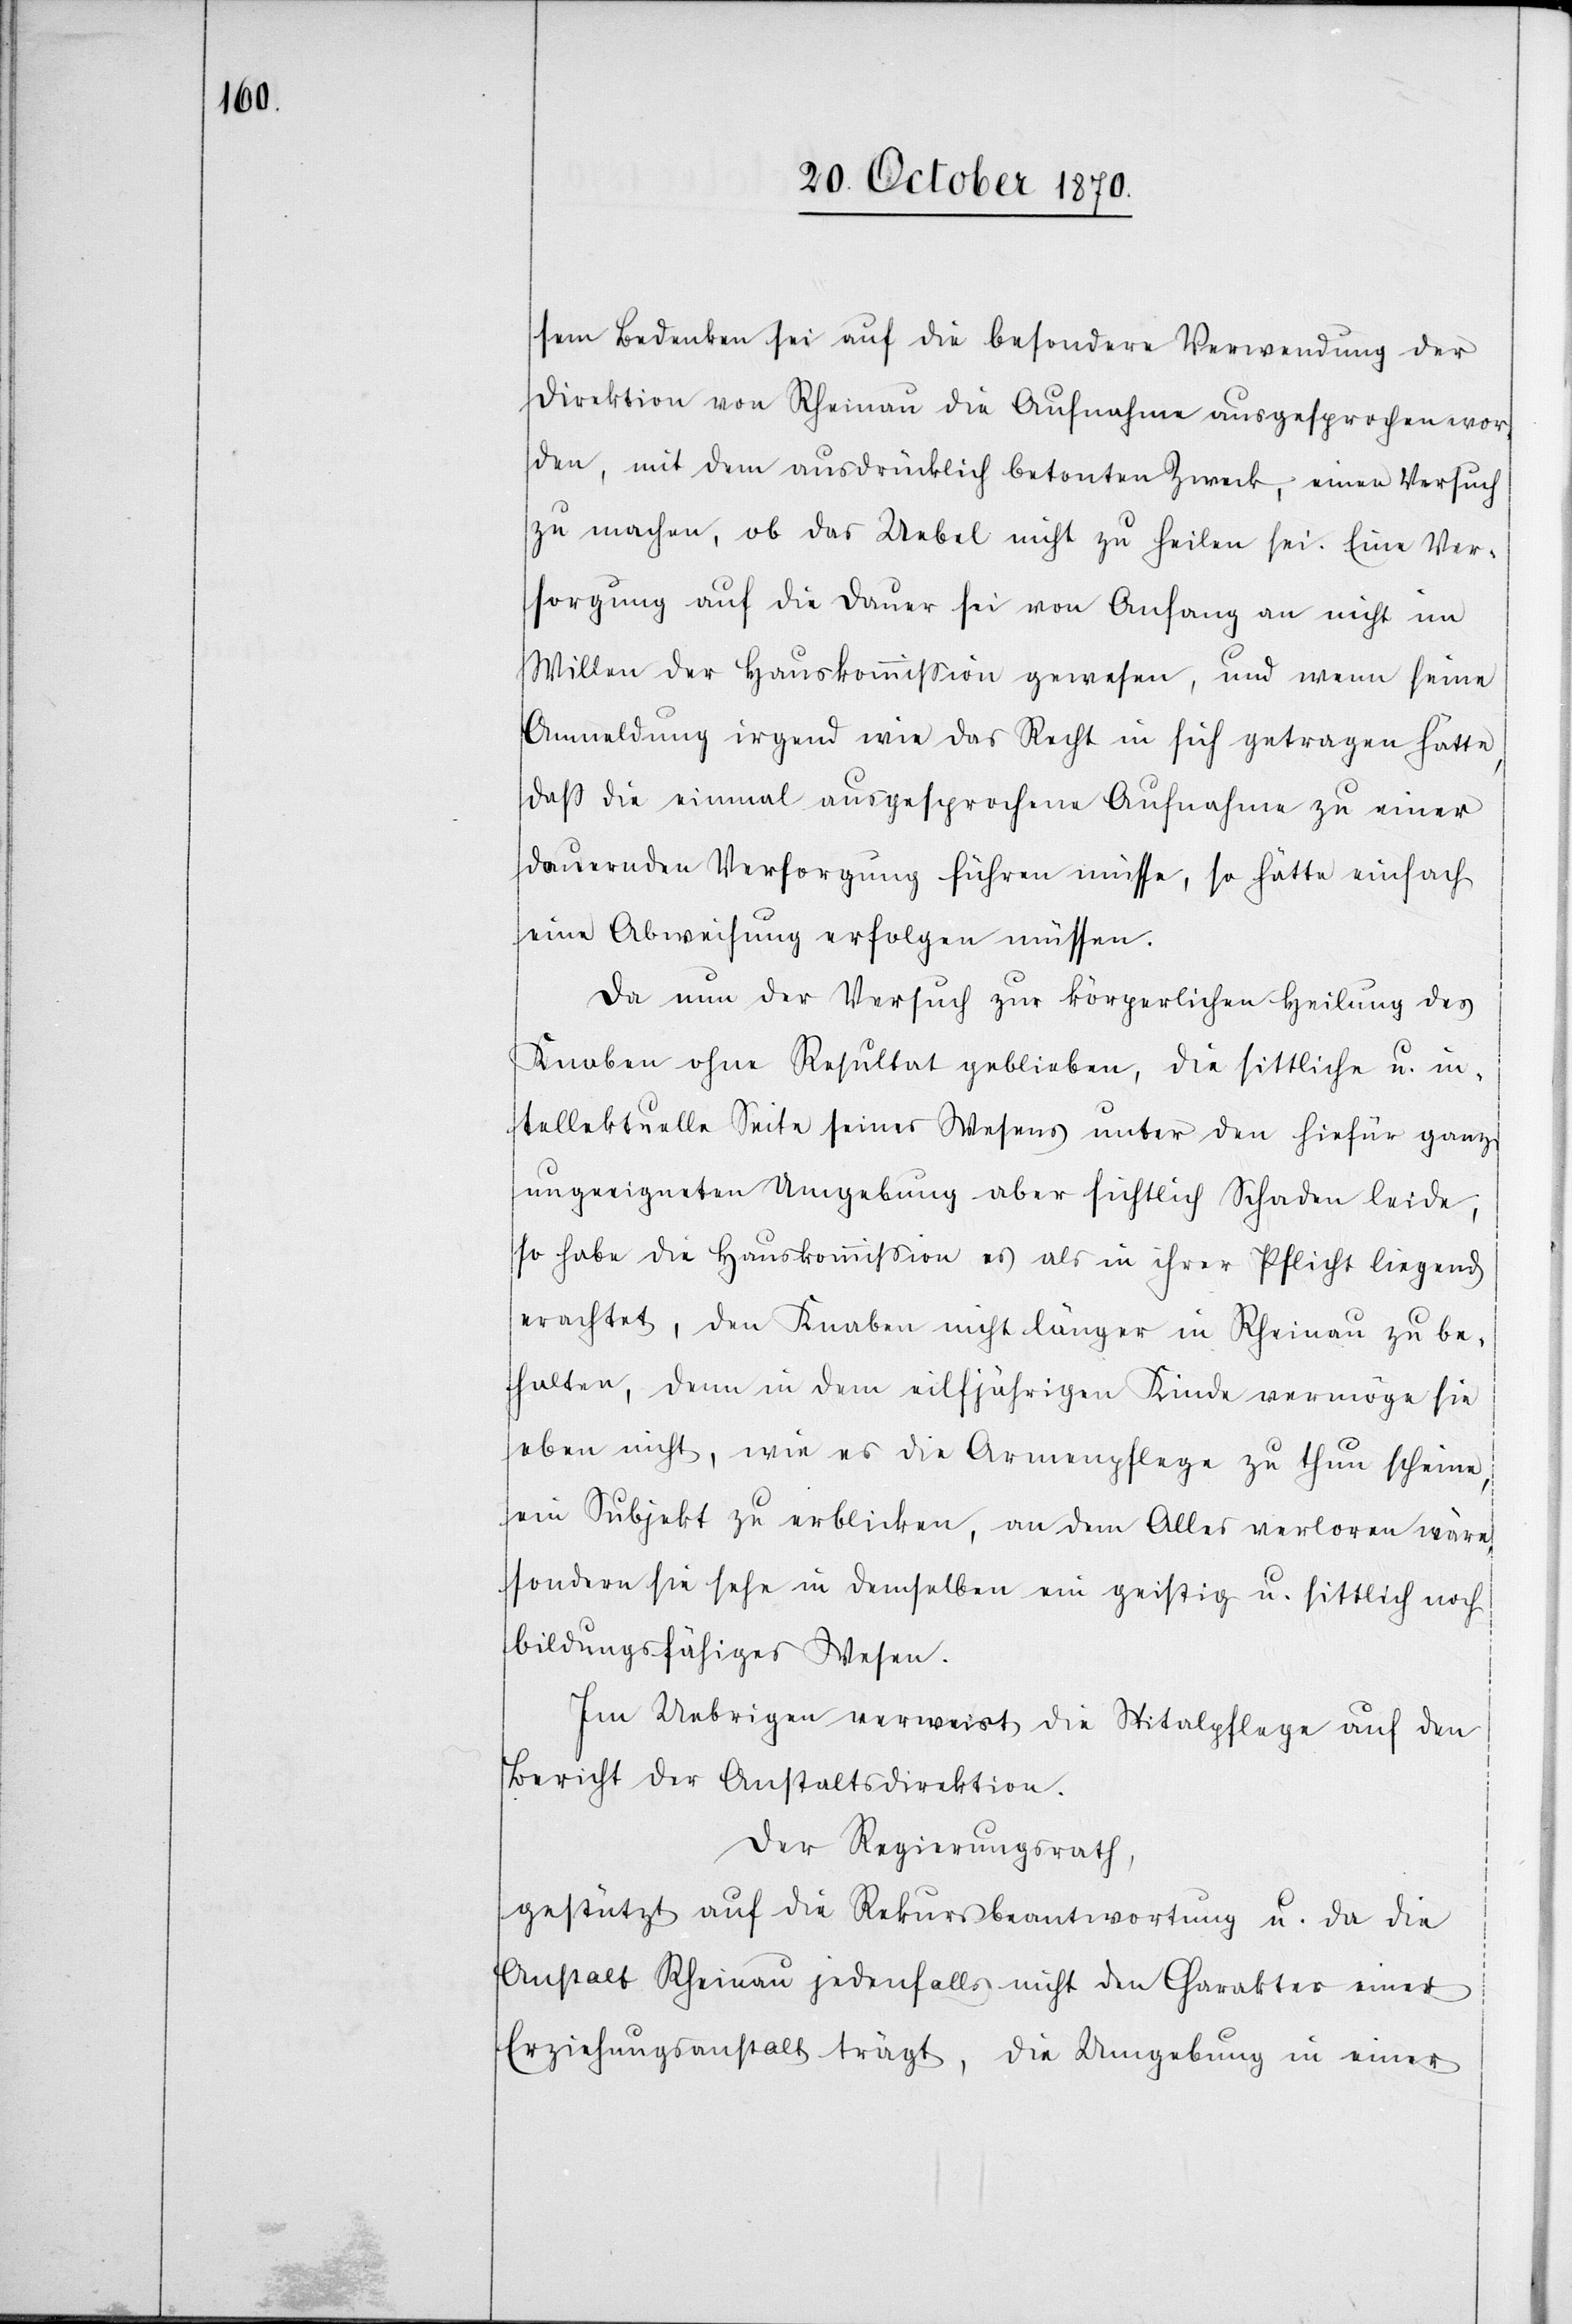
sem Bedenken sei auf die besondere Verwendung der
Direktion von Rheinau die Aufnahme ausgesprochen wor¬
den, mit dem ausdrücklich betonten Zweck, einen Versuch
zu machen, ob das Uebel nicht zu heilen sei. Eine Ver¬
sorgung auf die Dauer sei von Anfang an nicht im
Willen der Hauskommißion gewesen, und wenn seine
Anmeldung irgend wie das Recht in sich getragen hätte,
daß die einmal ausgesprochene Aufnahme zu einer
dauernden Versorgung führen müsse, so hätte einfach
eine Abweisung erfolgen müssen.
Da nun der Versuch zur körperlichen Heilung des
Knaben ohne Resultat geblieben, die sittliche u. in¬
tellektuelle Seite seines Wesens unter den hiefür ganz
ungeeigneten Umgebung aber sichtlich Schaden leide,
so habe die Hauskommißion es als in ihrer Pflicht liegend
erachtet, den Knaben nicht länger in Rheinau zu be¬
halten, denn in dem eilfjährigen Kinde vermöge sie
eben nicht, wie es die Armenpflege zu thun scheine,
ein Subjekt zu erblicken, an dem Alles verloren wäre,
sondern sie sehe in demselben ein geistig u. sittlich noch
bildungsfähiges Wesen.
Im Uebrigen verweist die Spitalpflege auf den
Bericht der Anstaltsdirektion.
Der Regierungsrath,
gestützt auf die Rekursbeantwortung u. da die
Anstalt Rheinau jedenfalls nicht den Charakter einer
Erziehungsanstalt trägt, die Umgebung in einer